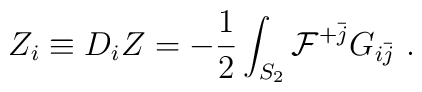
Z_i \equiv D_i Z    =  -{1\over 2}\int_{S_2} {\cal F}^{+\bar j} G_{i\bar j}\ .